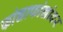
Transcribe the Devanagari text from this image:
फांद्याफांद्यांवर